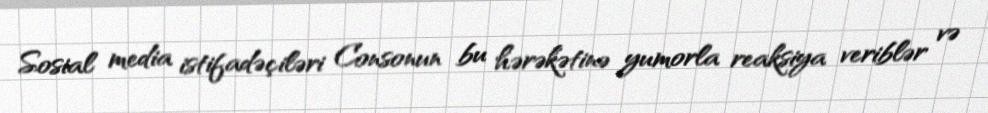
Sosial media istifadəçiləri Consonun bu hərəkətinə yumorla reaksiya veriblər və